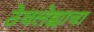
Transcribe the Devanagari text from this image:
ठेवलेह्याचा